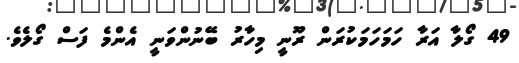
49 ގޯލާ އަރާ ހަމަހަމަކުރަން ރޫނީ މިހާރު ބޭނުންވަނީ އެންމެ ފަސް ގޯލެވެ.